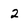
Character: 2